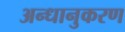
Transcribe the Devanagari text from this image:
अन्धानुकरण